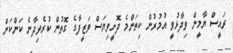
ރައީސް ޔާމީން ވިދާޅުވީ އުމުރުން ކިތަންމެ ދޮށީވިޔަސް ވަޒީފާގެ ގޮތުން ކުރެވިދާނެ ކަންކަން